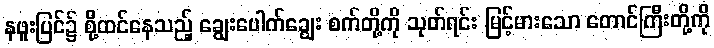
နဖူးပြင်၌ စို့ထင်နေသည့် ချွေးပေါက်ချွေး စက်တို့ကို သုတ်ရင်း မြင့်မားသော တောင်ကြီးတို့ကို